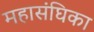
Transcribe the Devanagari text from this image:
महासंघिका